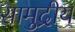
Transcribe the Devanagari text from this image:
सामुद्रीय